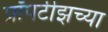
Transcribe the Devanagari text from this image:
प्रॉपर्टीझच्या